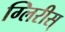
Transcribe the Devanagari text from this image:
ग्लिरीस्